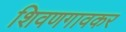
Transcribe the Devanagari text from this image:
शिवणगावकर